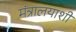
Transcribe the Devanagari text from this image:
मंत्रालयाशी